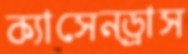
ক্যাসেন্ড্রাস